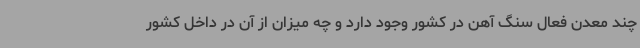
چند معدن فعال سنگ آهن در کشور وجود دارد و چه میزان از آن در داخل کشور